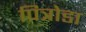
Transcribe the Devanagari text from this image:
पित्रोडा